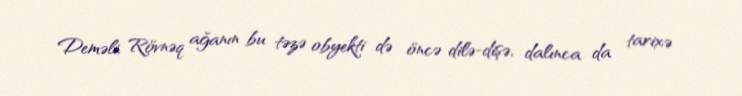
Deməli, Rövnəq ağanın bu təzə obyekti də öncə dilə-dişə, dalınca da tarixə